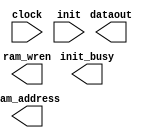
// megafunction wizard: %RAM initializer%VBB%
// GENERATION: STANDARD
// VERSION: WM1.0
// MODULE: ALTMEM_INIT 

// ============================================================
// Megafunction Name(s):
// 			ALTMEM_INIT
//
// Simulation Library Files(s):
// 			
// ============================================================
// ************************************************************
// THIS IS A WIZARD-GENERATED FILE. DO NOT EDIT THIS FILE!
//
// 16.1.0 Build 196 10/24/2016 SJ Lite Edition
// ************************************************************

//Copyright (C) 2016  Intel Corporation. All rights reserved.
//Your use of Intel Corporation's design tools, logic functions 
//and other software and tools, and its AMPP partner logic 
//functions, and any output files from any of the foregoing 
//(including device programming or simulation files), and any 
//associated documentation or information are expressly subject 
//to the terms and conditions of the Intel Program License 
//Subscription Agreement, the Intel Quartus Prime License Agreement,
//the Intel MegaCore Function License Agreement, or other 
//applicable license agreement, including, without limitation, 
//that your use is for the sole purpose of programming logic 
//devices manufactured by Intel and sold by Intel or its 
//authorized distributors.  Please refer to the applicable 
//agreement for further details.

module RamInit (
	clock,
	init,
	dataout,
	init_busy,
	ram_address,
	ram_wren);

	input	  clock;
	input	  init;
	output	[3:0]  dataout;
	output	  init_busy;
	output	[18:0]  ram_address;
	output	  ram_wren;

endmodule

// ============================================================
// CNX file retrieval info
// ============================================================
// Retrieval info: LIBRARY: altera_mf altera_mf.altera_mf_components.all
// Retrieval info: PRIVATE: INTENDED_DEVICE_FAMILY STRING "Cyclone IV E"
// Retrieval info: CONSTANT: INIT_FILE STRING "UNUSED"
// Retrieval info: CONSTANT: INIT_TO_ZERO STRING "YES"
// Retrieval info: CONSTANT: INTENDED_DEVICE_FAMILY STRING "Cyclone IV E"
// Retrieval info: CONSTANT: LPM_HINT STRING "UNUSED"
// Retrieval info: CONSTANT: LPM_TYPE STRING "altmem_init"
// Retrieval info: CONSTANT: NUMWORDS NUMERIC "307200"
// Retrieval info: CONSTANT: PORT_ROM_DATA_READY STRING "PORT_UNUSED"
// Retrieval info: CONSTANT: ROM_READ_LATENCY NUMERIC "1"
// Retrieval info: CONSTANT: WIDTH NUMERIC "4"
// Retrieval info: CONSTANT: WIDTHAD NUMERIC "19"
// Retrieval info: USED_PORT: clock 0 0 0 0 INPUT NODEFVAL "clock"
// Retrieval info: CONNECT: @clock 0 0 0 0 clock 0 0 0 0
// Retrieval info: USED_PORT: dataout 0 0 4 0 OUTPUT NODEFVAL "dataout[3..0]"
// Retrieval info: CONNECT: dataout 0 0 4 0 @dataout 0 0 4 0
// Retrieval info: USED_PORT: init 0 0 0 0 INPUT NODEFVAL "init"
// Retrieval info: CONNECT: @init 0 0 0 0 init 0 0 0 0
// Retrieval info: USED_PORT: init_busy 0 0 0 0 OUTPUT NODEFVAL "init_busy"
// Retrieval info: CONNECT: init_busy 0 0 0 0 @init_busy 0 0 0 0
// Retrieval info: USED_PORT: ram_address 0 0 19 0 OUTPUT NODEFVAL "ram_address[18..0]"
// Retrieval info: CONNECT: ram_address 0 0 19 0 @ram_address 0 0 19 0
// Retrieval info: USED_PORT: ram_wren 0 0 0 0 OUTPUT NODEFVAL "ram_wren"
// Retrieval info: CONNECT: ram_wren 0 0 0 0 @ram_wren 0 0 0 0
// Retrieval info: GEN_FILE: TYPE_NORMAL RamInit.v TRUE FALSE
// Retrieval info: GEN_FILE: TYPE_NORMAL RamInit.qip TRUE FALSE
// Retrieval info: GEN_FILE: TYPE_NORMAL RamInit.bsf TRUE TRUE
// Retrieval info: GEN_FILE: TYPE_NORMAL RamInit_inst.v TRUE TRUE
// Retrieval info: GEN_FILE: TYPE_NORMAL RamInit_bb.v TRUE TRUE
// Retrieval info: GEN_FILE: TYPE_NORMAL RamInit.inc TRUE TRUE
// Retrieval info: GEN_FILE: TYPE_NORMAL RamInit.cmp TRUE TRUE